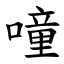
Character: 噇